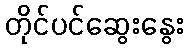
တိုင်ပင်ဆွေးနွေး